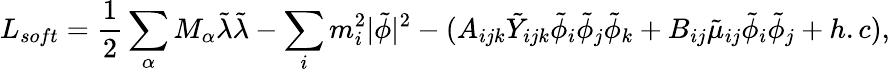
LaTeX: L_{soft}=\frac{1}{2}\sum_{\alpha}M_{\alpha}{\tilde{\lambda}}{\tilde{\lambda}}-\sum_{i}m_{i}^{2}|{\tilde{\phi}}|^{2}-(A_{ijk}{\tilde{Y}}_{ijk}{\tilde{\phi}}_{i}{\tilde{\phi}}_{j}{\tilde{\phi}}_{k}+B_{ij}{\tilde{\mu}}_{ij}{\tilde{\phi}}_{i}{\tilde{\phi}}_{j}+h.c),